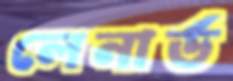
লেনার্ড